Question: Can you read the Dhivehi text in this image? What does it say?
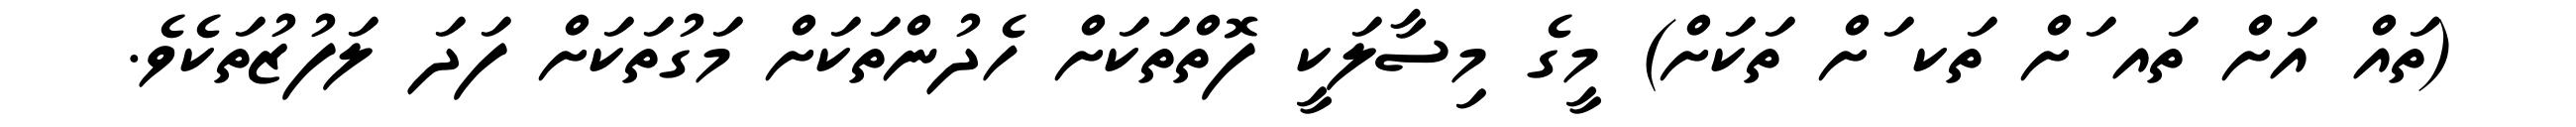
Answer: (ތައް އަށް ތައ ަށް ތަކ ަށް ތަކަށް) މީގެ މިސާލަކީ ފޮތްތަކަށް ހެދުންތަކަށް މަގުތަކަށް ފަދަ ލަފުޒުތަކެވެ.